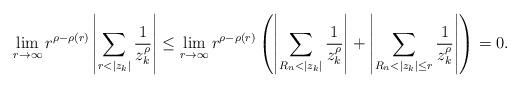
LaTeX: \begin{align*} \lim_{r\to\infty}r^{\rho-\rho(r)}\left|\sum_{r<|z_k|}\frac 1{z_k^\rho}\right|&\le\lim_{r\to\infty}r^{\rho-\rho(r)}\left(\left|\sum_{R_n<|z_k|}\frac 1{z_k^\rho}\right|+\left|\sum_{R_n<|z_k|\le r}\frac 1{z_k^\rho}\right|\right)= 0. \end{align*}